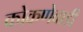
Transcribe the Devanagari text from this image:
कोकणेवाडी